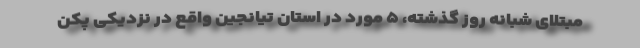
مبتلای شبانه روز گذشته، ۵ مورد در استان تیانجین واقع در نزدیکی پکن